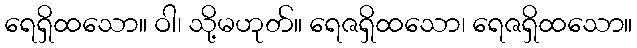
ရေရှိထသော။ ဝါ၊ သို့မဟုတ်။ ရေဇရှိထသော၊ ရေဇရှိထသော။